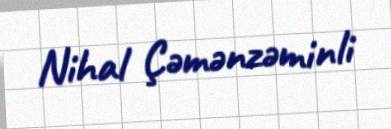
Nihal Çəmənzəminli